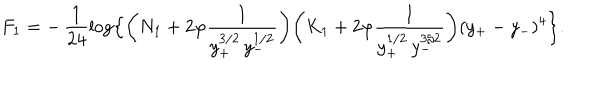
LaTeX: F _ { 1 } = - \, \frac { 1 } { 2 4 } \log \Bigl \{ \biggl ( N _ { 1 } + 2 \varphi \frac { 1 } { y _ { + } ^ { 3 / 2 } \, y _ { - } ^ { 1 / 2 } } \biggr ) \biggl ( K _ { 1 } + 2 \varphi \frac { 1 } { y _ { + } ^ { 1 / 2 } \, y _ { - } ^ { 3 / 2 } } \biggr ) ( y _ { + } - y _ { - } ) ^ { 4 } \Bigr \} .